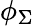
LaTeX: \phi_{\Sigma}